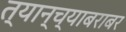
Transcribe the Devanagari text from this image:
त्यान्च्याबराबर